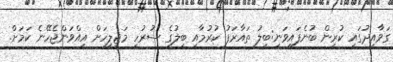
ގަވާއިދުގައި ކުރިން ބުނެފައިވަނީ:ބިލު ތައާރަފު ކުރުމާއި ބިލުގެ ސުރުހީ މަޖިލީހަށް އިއްވަންޖެހޭނެ ކަމަށް.